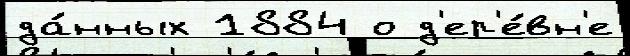
да́нных 1884 о д'ер'е́вн'е